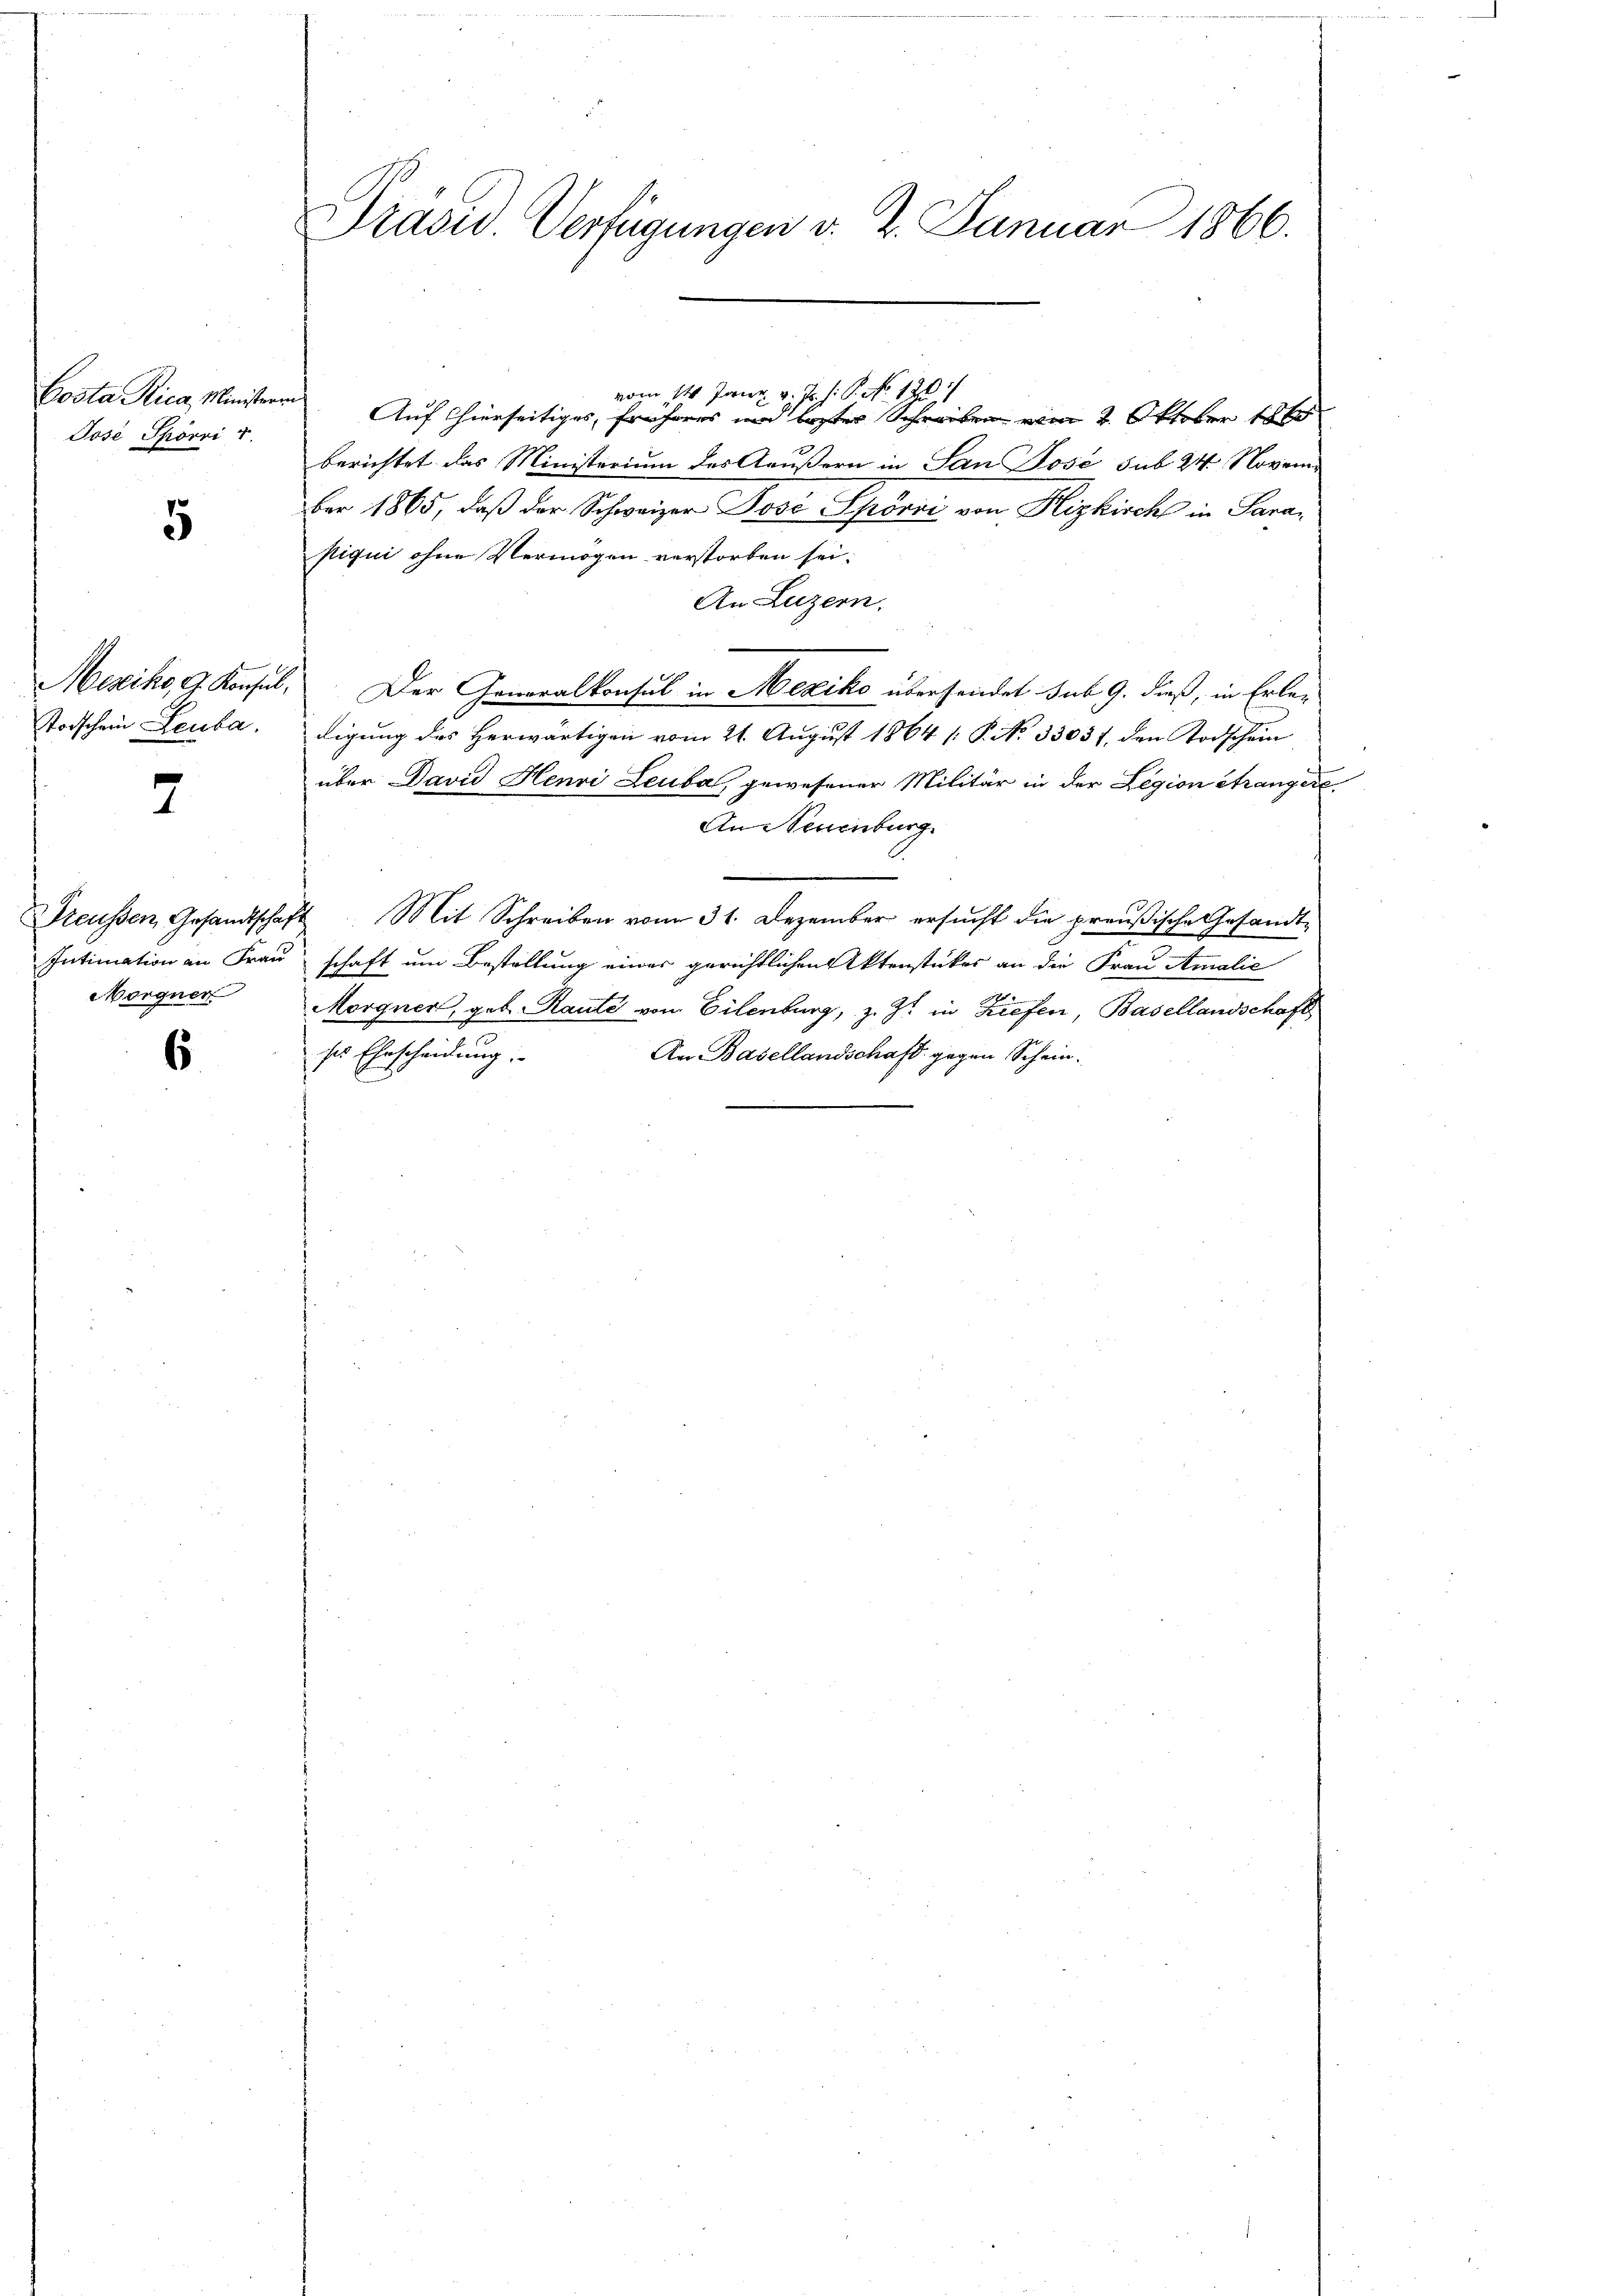
Costa Rica, Ministerr
José Spörri v.

5

Mexiko, 9. Konsul
Todschein Leuba

2

Preußen Gesandtschaft
Intimation an Frau
Morgner

6

Prasw. Verfügungen d. 2. Januar 1866.

vom 14. Juni v. Js. s. P. No. 120
Auf hierseitiges, früheres und bester Schreiben vom 2. Oktober 186
x
berichtet das Ministerium des Aeußern in San Jose sub 24. November 1865, daß der Schweizer Posi Spörri von Kizkirche in Para-
piqui ohne Vermögen verstorben sei.
An Luzern.
Der Generalkonsul in Mexiko übersendet sub 9. dieß, in Erle-
digung des herwärtigen vom 21. August 1864 /: P. No 33031, den Todschein
über David Henri Leuba, gewesener Militär in der Legion étrangere
An Neuenburg
2 Mit Schreiben vom 31. Dezember ersucht die preußische Gesandtschaft um Bestellung einer gerichtlichen Aktenstückes an die Frau Amalie
Morgner, geb. Raute von Eilenburg, z. Z. in Briefen, Basellandschaft
ses Ehrscheidung.
An Basellandschaft gegen Schein.